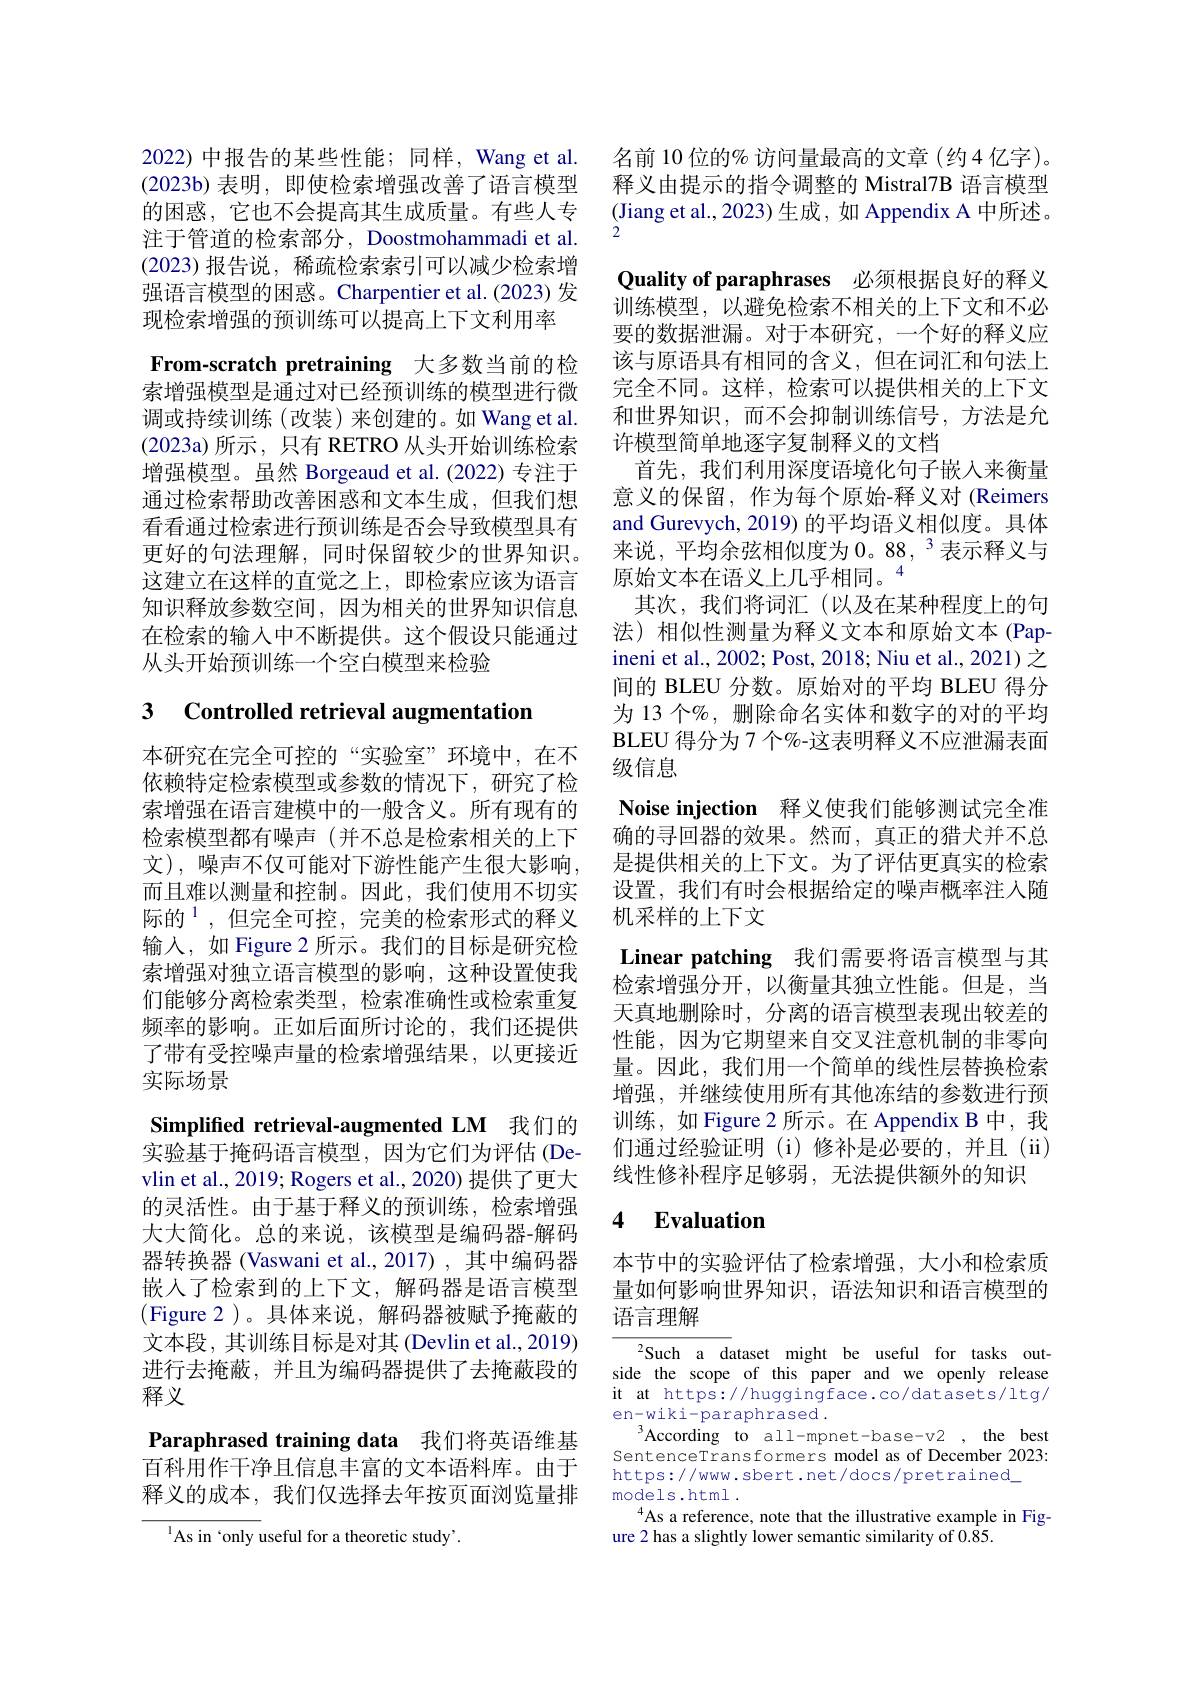
2022)中报告的某些性能；同样，Wang et al. (2023b) 表明，即使检索增强改善了语言模型的困惑，它也不会提高其生成质量。有些人专注于管道的检索部分，Doostmohammadi et al. (2023)报告说，稀疏检索索引可以减少检索增强语言模型的困惑。Charpentier et al.(2023)发现检索增强的预训练可以提高上下文利用率
From-scratch pretraining 大多数当前的检索增强模型是通过对已经预训练的模型进行微调或持续训练(改装)来创建的。如 Wang et al. (2023a)所示，只有 RETRO 从头开始训练检索增强模型。虽然 Borgeaud et al.(2022) 专注于通过检索帮助改善困惑和文本生成，但我们想看看通过检索进行预训练是否会导致模型具有更好的句法理解，同时保留较少的世界知识。这建立在这样的直觉之上，即检索应该为语言知识释放参数空间，因为相关的世界知识信息在检索的输入中不断提供。这个假设只能通过从头开始预训练一个空白模型来检验

# 3 Controlled retrieval augmentation

本研究在完全可控的“实验室”环境中，在不依赖特定检索模型或参数的情况下，研究了检索增强在语言建模中的一般含义。所有现有的检索模型都有噪声(并不总是检索相关的上下文),噪声不仅可能对下游性能产生很大影响， 而且难以测量和控制。因此，我们使用不切实际的$^{1}$,但完全可控，完美的检索形式的释义输入，如 Figure 2 所示。我们的目标是研究检索增强对独立语言模型的影响，这种设置使我们能够分离检索类型，检索准确性或检索重复频率的影响。正如后面所讨论的，我们还提供了带有受控噪声量的检索增强结果，以更接近实际场景

Simplifed retrieval-augmented LM 我们的实验基于掩码语言模型，因为它们为评估(Devlin et al., 2019; Rogers et al., 2020) 提供了更大的灵活性。由于基于释义的预训练，检索增强大大简化。总的来说，该模型是编码器-解码器转换器 (Vaswani et al.,2017) , 其中编码器嵌入了检索到的上下文，解码器是语言模型(Figure 2)。具体来说，解码器被赋予掩蔽的文本段，其训练目标是对其 (Devlin et al., 2019) 进行去掩蔽，并且为编码器提供了去掩蔽段的释义

Paraphrased training data 我们将英语维基百科用作干净且信息丰富的文本语料库。由于释义的成本，我们仅选择去年按页面浏览量排

${^{1}}$As in 'only useful for a theoretic study'.

名前 10 位的% 访问量最高的文章 (约4 亿字)。释义由提示的指令调整的 Mistral7B 语言模型(Jiang et al., 2023) 生成，如 Appendix A 中所述。2
Quality of paraphrases 必须根据良好的释义训练模型，以避免检索不相关的上下文和不必要的数据泄漏。对于本研究，一个好的释义应该与原语具有相同的含义，但在词汇和句法上完全不同。这样，检索可以提供相关的上下文和世界知识，而不会抑制训练信号，方法是允许模型简单地逐字复制释义的文档
首先，我们利用深度语境化句子嵌入来衡量意义的保留，作为每个原始-释义对(Reimers and Gurevych, 2019) 的平均语义相似度。具体来说，平均余弦相似度为 0。88, $^{3}$表示释义与原始文本在语义上几乎相同。“
其次，我们将词汇(以及在某种程度上的句法)相似性测量为释义文本和原始文本(Papineni et al., 2002; Post, 2018; Niu et al., 2021) 之间的 BLEU 分数。原始对的平均 BLEU 得分为 13 个%, 删除命名实体和数字的对的平均BLEU 得分为 7 个%-这表明释义不应泄漏表面级信息
Noise injection 释义使我们能够测试完全准确的寻回器的效果。然而，真正的猎犬并不总是提供相关的上下文。为了评估更真实的检索设置，我们有时会根据给定的噪声概率注入随机采样的上下文
Linear patching 我们需要将语言模型与其检索增强分开，以衡量其独立性能。但是，当天真地删除时，分离的语言模型表现出较差的性能，因为它期望来自交叉注意机制的非零向量。因此，我们用一个简单的线性层替换检索增强，并继续使用所有其他冻结的参数进行预训练，如 Figure 2 所示。在 Appendix B 中，我们通过经验证明(i)修补是必要的，并且(ii) 线性修补程序足够弱，无法提供额外的知识

## 4 Evaluation

本节中的实验评估了检索增强，大小和检索质量如何影响世界知识，语法知识和语言模型的语言理解

${}^{2}$Such a dataset might be useful for tasks outside the scope of this paper and we openly release it at https://huggingface.co/datasets/ltg/ en-wiki-paraphrased.
$^{3}$According to all-mpnet-base-v2 , the best SentenceTransformers model as of December 2023: https://www. sbert.net/docs/pretrained\_
models.html .
As a reference, note that the illustrative example in Fig-
ure 2 has a slightly lower semantic similarity of 0.85.